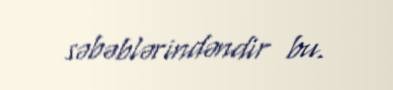
səbəblərindəndir bu.